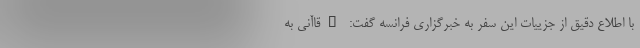
با اطلاع دقیق از جزییات این سفر به خبرگزاری فرانسه گفت: "قاآنی به